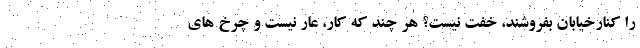
را کنارخیابان بفروشند، خفت نیست‌؟ هر چند که کار، عار نیست و چرخ های